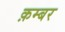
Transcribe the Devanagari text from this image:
क़म्बर